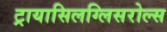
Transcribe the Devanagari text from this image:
ट्रायासिलग्लिसरोल्स